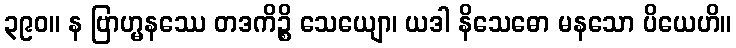
၃၉၀။ န ဗြာဟ္မနဿေ တဒကိဉ္စိ သေယျော၊ ယဒါ နိသေဓော မနသော ပိယေဟိ။